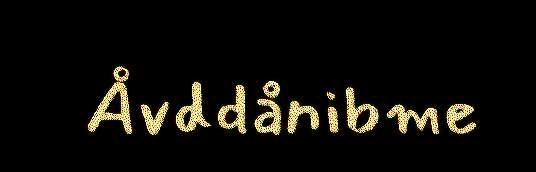
Åvddånibme